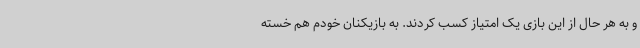
و به هر حال از این بازی یک امتیاز کسب کردند. به بازیکنان خودم هم خسته